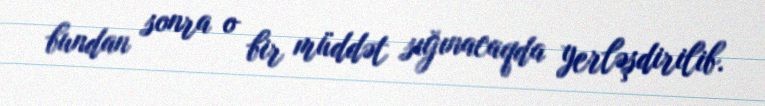
bundan sonra o bir müddət sığınacaqda yerləşdirilib.